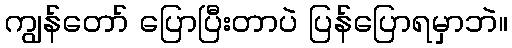
ကျွန်တော် ပြောပြီးတာပဲ ပြန်ပြောရမှာဘဲ။